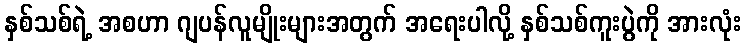
နှစ်သစ်ရဲ့ အစဟာ ဂျပန်လူမျိုးများအတွက် အရေးပါလို့ နှစ်သစ်ကူးပွဲကို အားလုံး